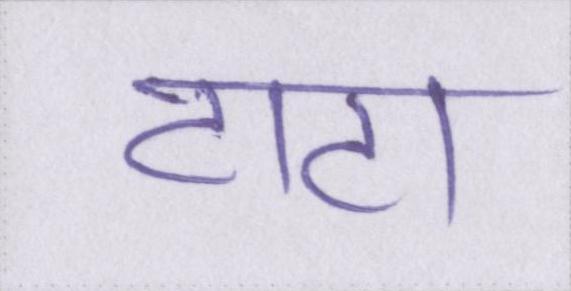
टाटा